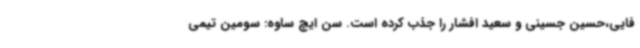
فایی،حسین جسینی و سعید افشار را جذب کرده است. سن ایچ ساوه: سومین تیمی